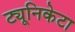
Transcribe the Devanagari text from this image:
ट्यूनिकेटा